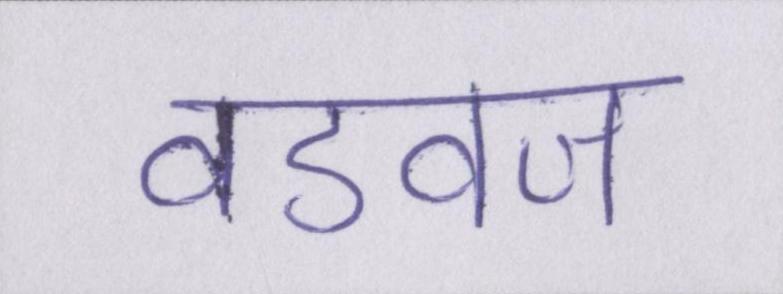
वडवज